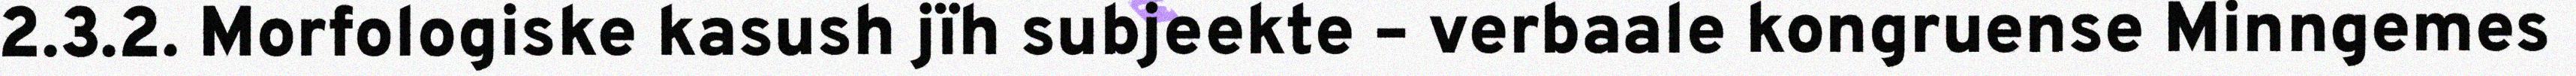
2.3.2. Morfologiske kasush jïh subjeekte – verbaale kongruense Minngemes